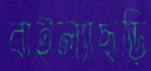
বাইল্যাছড়ি